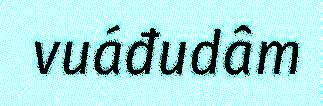
vuáđudâm